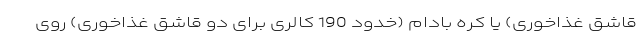
قاشق غذاخوری) یا کره بادام (خدود 190 کالری برای دو قاشق غذاخوری) روی